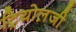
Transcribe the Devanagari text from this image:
ट्रियोल़जी